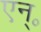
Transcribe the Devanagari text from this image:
एन्॰